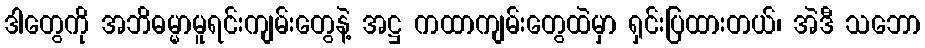
ဒါတွေကို အဘိဓမ္မာမူရင်းကျမ်းတွေနဲ့ အဋ္ဌ ကထာကျမ်းတွေထဲမှာ ရှင်းပြထားတယ်၊ အဲဒီ သဘော